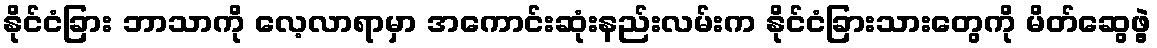
နိုင်ငံခြား ဘာသာကို လေ့လာရာမှာ အကောင်းဆုံးနည်းလမ်းက နိုင်ငံခြားသားတွေကို မိတ်ဆွေဖွဲ့